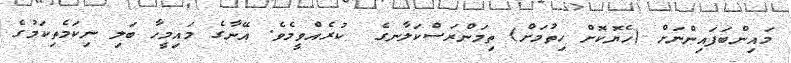
މައިންބަފައިންނަށް (ހެޔޮކޮށް ހިތުމަށް) ތިމަންރަސްކަލާނގެ  ކުރެއްވީމެވެ. އޭނާގެ މައިމީހާ ބަލި ނިކަމެތިކަމުގެ